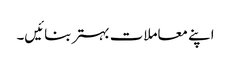
اپنے معاملات بہتر بنائیں۔